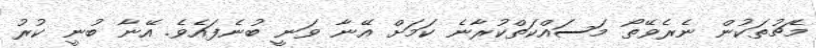
މެޗުތަކުން ނެރެވޭތޯ މަސައްކަތްކުރާނެ ކަމަށް އޭނާ ވަނީ ބުނެފައެވެ. އޭނާ ބުނީ ކުރު